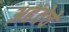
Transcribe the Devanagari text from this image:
अहंतेचे